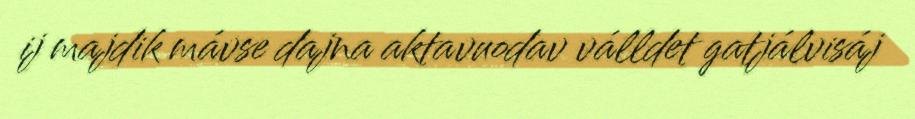
ij majdik mávse dajna aktavuodav válldet gatjálvisáj